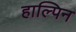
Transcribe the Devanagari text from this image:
हाल्पिन